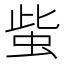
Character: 䖪